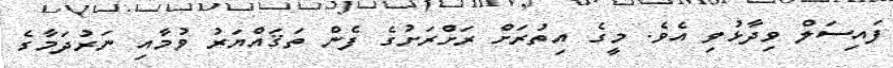
ފައިސަލް ވިދާޅުވި އެވެ. މީގެ އިތުރަށް ރަށްރަށުގެ ފެން ތަޤައްޔަރު ވުމާއި ނަރުދަމާގެ